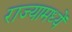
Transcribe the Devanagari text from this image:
राज्यामध्यें